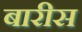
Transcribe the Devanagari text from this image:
बारीस